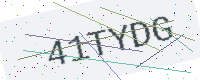
Text: 41TYDG